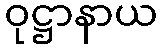
ဝုဋ္ဌာနာယ